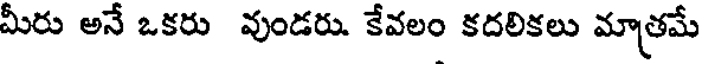
మీరు అనే ఒకరు వుండరు. కేవలం కదలికలు మాత్రమే